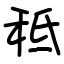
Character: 秪